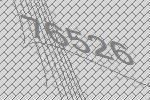
76526